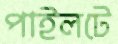
পাইলটে